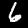
Digit: 6